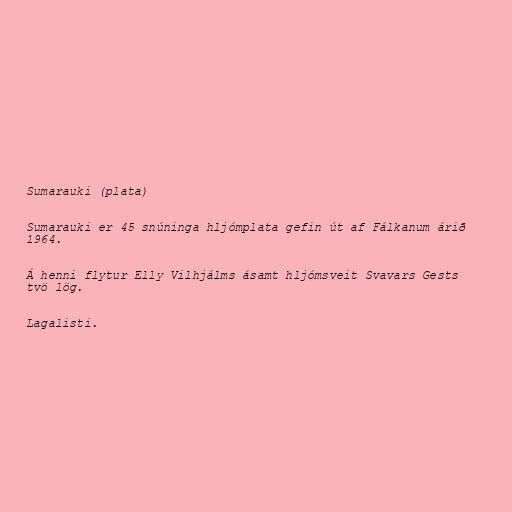
Sumarauki (plata)

Sumarauki er 45 snúninga hljómplata gefin út af Fálkanum árið
1964.

Á henni flytur Elly Vilhjálms ásamt hljómsveit Svavars Gests
tvö lög.

Lagalisti.